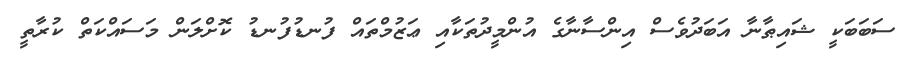
ސަބަބަކީ ޝައިޠާނާ އަބަދުވެސް އިންސާނާގެ އުންމީދުތަކާއި ޢަޒުމްތައް ފުނޑުފުނޑު ކޮށްލަން މަސައްކަތް ކުރާތީ